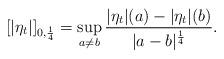
LaTeX: \begin{align*} [|\eta_t|]_{0,\frac{1}{4}}=\sup_{a\neq b} \frac{|\eta_t|(a)-|\eta_t|(b)}{|a-b|^{\frac{1}{4}}}. \end{align*}